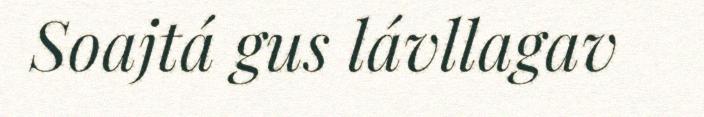
Soajtá gus lávllagav